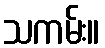
သကမ်း။